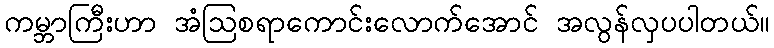
ကမ္ဘာကြီးဟာ အံဩစရာကောင်းလောက်အောင် အလွန်လှပပါတယ်။